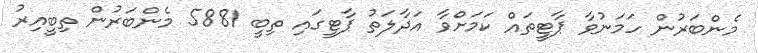
މެންބަރުން ހަމަނުވާ ޕާޓީތައް ކަމަށްވާ އަދާލަތު ޕާޓީގައި ތިބީ 5881 މެންބަރުން ތިބީއިރު